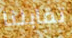
تقابلنا